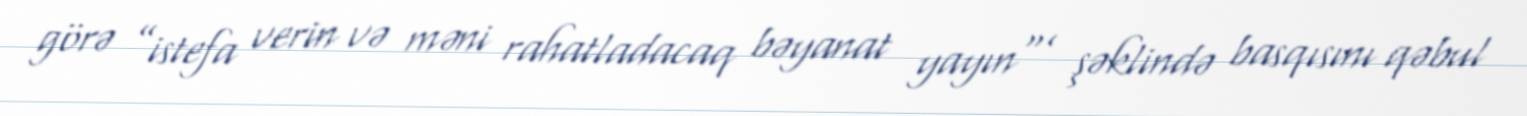
görə ”istefa verin və məni rahatladacaq bəyanat yayın"’ şəklində basqısını qəbul